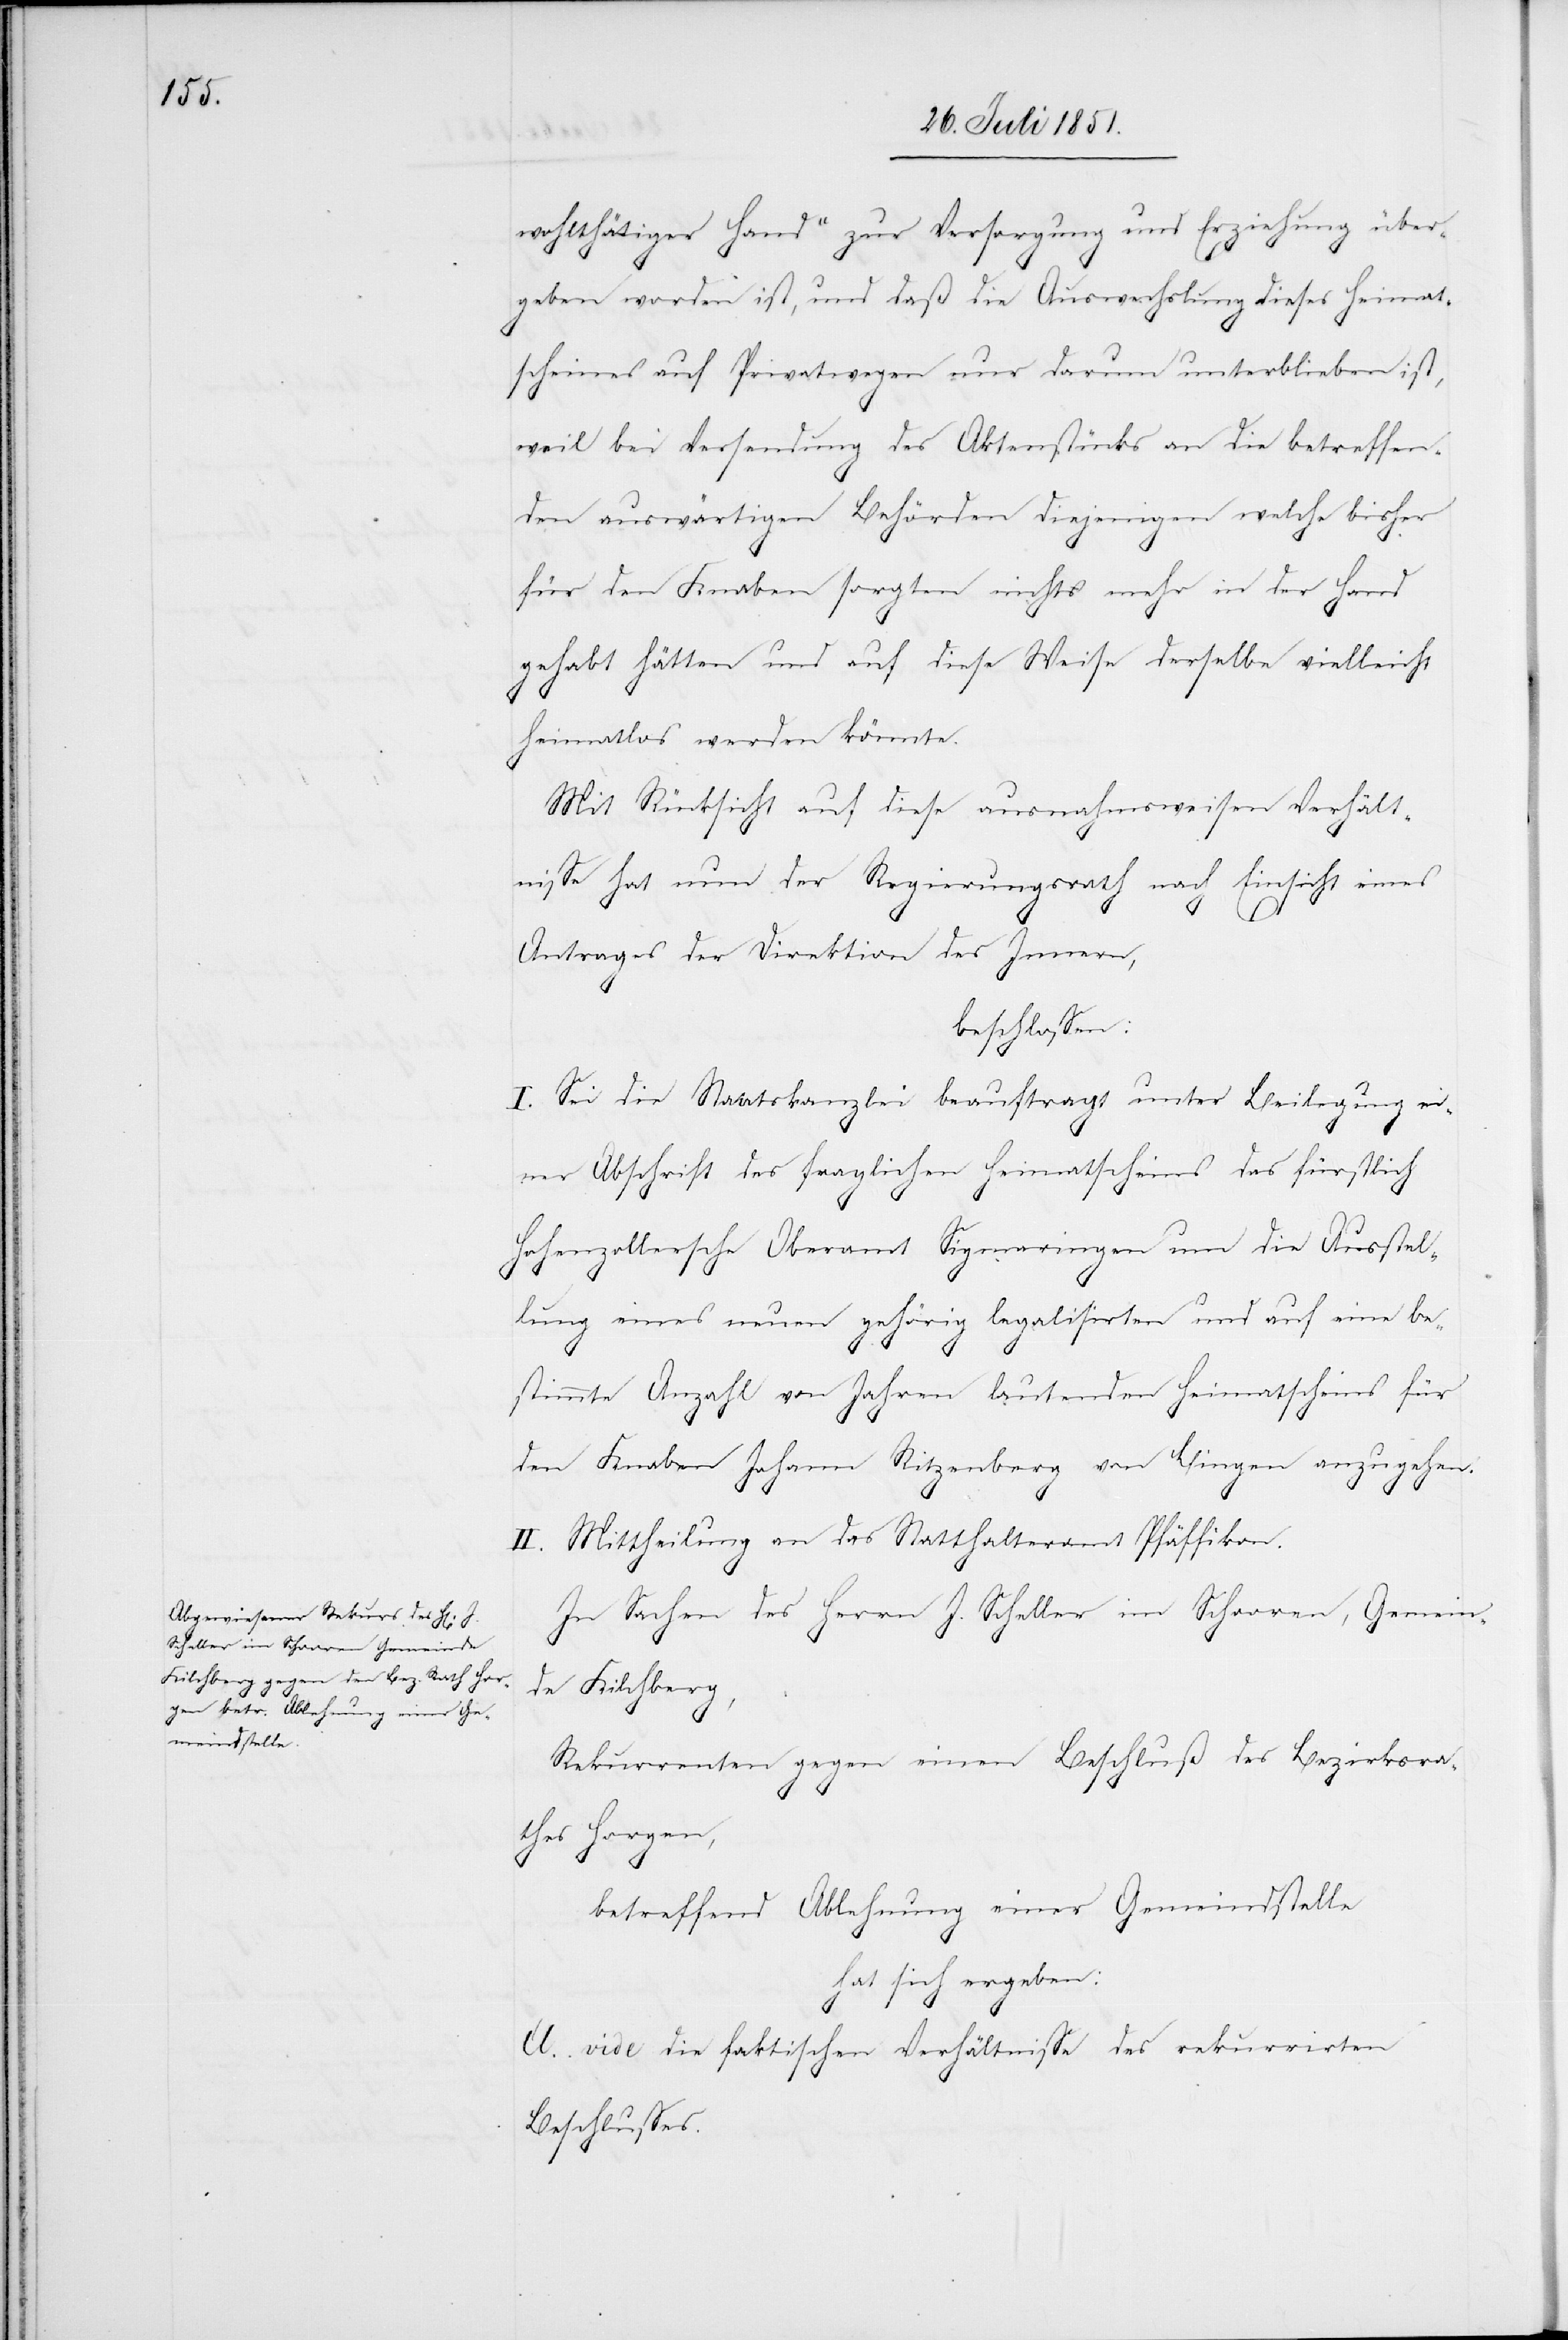
wohlthätiger Hand“ zur Versorgung und Erziehung über¬
geben worden ist, und daß die Auswechslung dieses Heimat¬
scheines auf Privatwegen nur darum unterblieben ist,
weil bei Versendung des Aktenstücks an die betreffen¬
den auswärtigen Behörden diejenigen welche bisher
für den Knaben sorgten nichts mehr in der Hand
gehabt hätten und auf diese Weise derselbe vielleicht
heimatlos werden könnte.
Mit Rücksicht auf diese ausnahmsweisen Verhält¬
nisse hat nun der Regierungsrath nach Einsicht eines
Antrages der Direktion des Innern,
beschlossen:
I. Sei die Staatskanzlei beauftragt unter Beilegung ei¬
ner Abschrift des fraglichen Heimatscheins das fürstlich
Hohenzollersche Oberamt Sigmaringen um die Ausstel¬
lung eines neuen gehörig legalisirten und auf eine be¬
stimmte Anzahl von Jahren lautenden Heimatscheins für
den Knaben Johann [sic!] Ritzenberg von Bingen anzugehen.
II. Mittheilung an das Statthalteramt Pfäffikon.
In Sachen des Herrn J. Scheller im Schooren, Gemein¬
de Kilchberg,
Rekurrenten gegen einen Beschluß des Bezirksra¬
thes Horgen,
betreffend Ablehnung einer Gemeindstelle
hat sich ergeben:
A. vide die faktischen Verhältnisse des rekurrirten
Beschlusses.